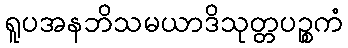
ရူပအနဘိသမယာဒိသုတ္တပဉ္စကံ